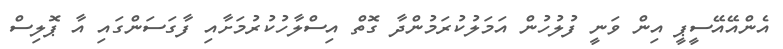
އެންއޭއޭސީޕީ އިން ވަނީ ފުލުހުން އަމަލުކުރަމުންދާ ގޮތް އިސްލާހުކުރުމަށާއި ފާގަސަންގައި އާ ޕޮލިސް